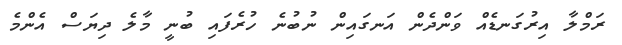
ރަމްލާ އިރުގަނޑެއް ވަންދެން އަނގައިން ނުބުނެ ހުރެފައި ބުނީ މާލެ ދިޔަސް އެންމެ